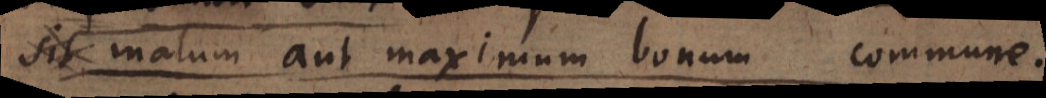
singulorum. Itaque maximum bonum commune